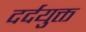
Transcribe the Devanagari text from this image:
दर्दयुक्त